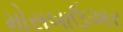
મોસબાઉઅર